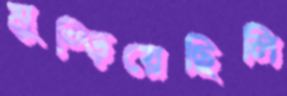
মুষ্‌ড়িয়েছিলি